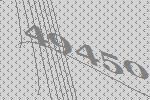
49450